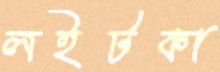
লইটকা